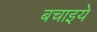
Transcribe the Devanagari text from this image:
बचाइये